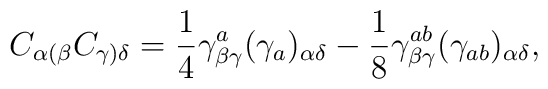
C_{\alpha(\beta}C_{\gamma)\delta}={1\over 4}\gamma^a_{\beta\gamma}(\gamma_a)_{\alpha\delta}-{1\over 8}\gamma^{ab}_{\beta\gamma}(\gamma_{ab})_{\alpha\delta},